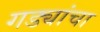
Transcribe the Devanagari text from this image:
गड्यांचा